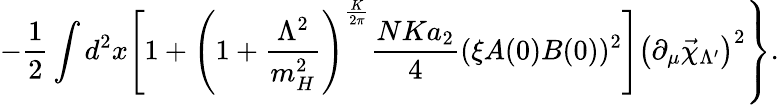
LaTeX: \left.-\frac 12\int d^{2}x\Biggl[1+\left(1+\frac{\Lambda^{2}}{m_{H}^{2}}\right)^{\frac{K}{2\pi}}\frac{NKa_{2}}{4}(\xi A(0)B(0))^{2}\Biggr]\left(\partial_{\mu}\vec{\chi}_{\Lambda^{\prime}}\right)^{2}\right\} .